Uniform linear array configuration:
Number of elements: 48
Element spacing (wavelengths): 0.25
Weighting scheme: cosine
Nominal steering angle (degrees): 60
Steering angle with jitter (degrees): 61.2
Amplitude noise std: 0.05
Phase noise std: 0.05

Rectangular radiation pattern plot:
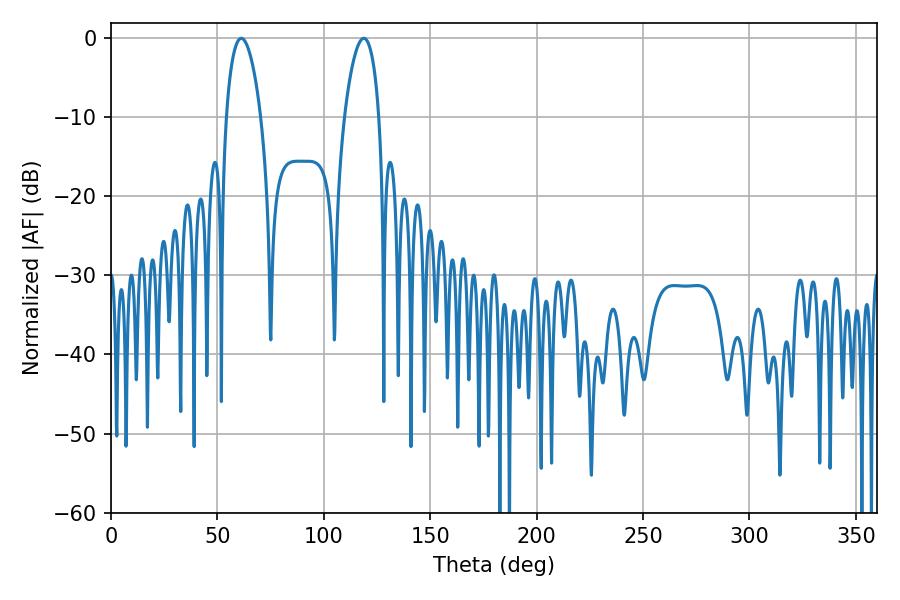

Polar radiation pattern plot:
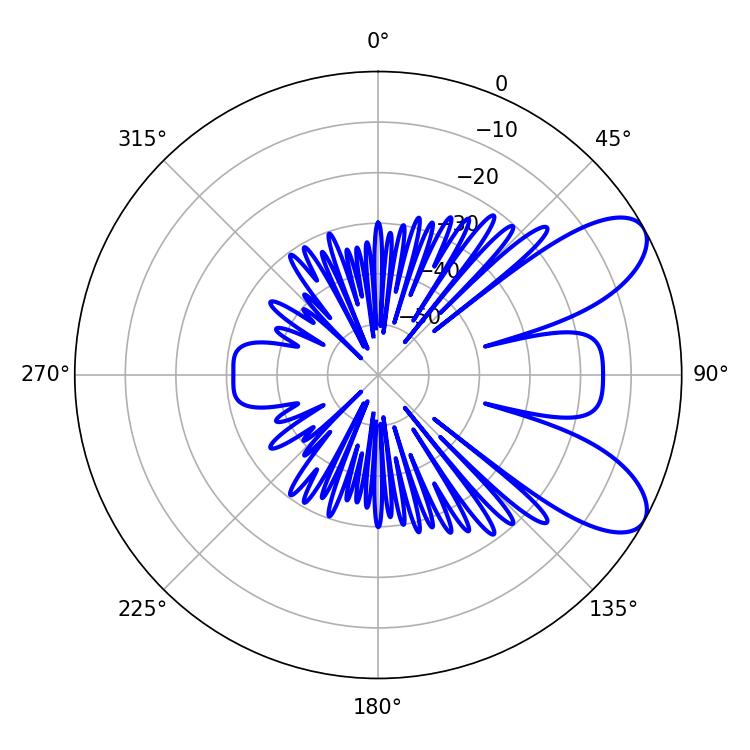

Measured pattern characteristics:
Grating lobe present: FALSE
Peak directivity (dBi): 8.094
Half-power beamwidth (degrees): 9
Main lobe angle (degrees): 61.2